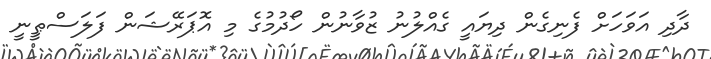
ދާދި އަވަހަށް ފެނިގެން ދިޔައީ ގެއްލުނު ޒުވާނުން ހޯދުމުގެ މި އޮޕަރޭޝަން ފަލަސްޠީނީ